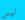
ليس